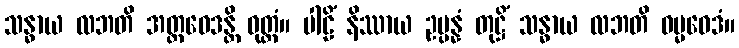
သန္ဓာယ လဘတိ အတ္ထဝေဒန္တိ ဝုတ္တံ။ ပါဠိံ နိဿာယ ဥပ္ပန္နံ တုဋ္ဌိံ သန္ဓာယ လဘတိ ဓမ္မဝေဒံ။